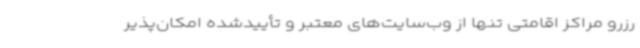
رزرو مراکز اقامتی تنها از وب‌سایت‌های معتبر و تأییدشده امکان‌پذیر